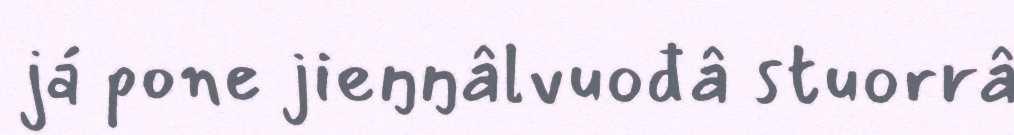
já pone jieŋŋâlvuođâ stuorrâ